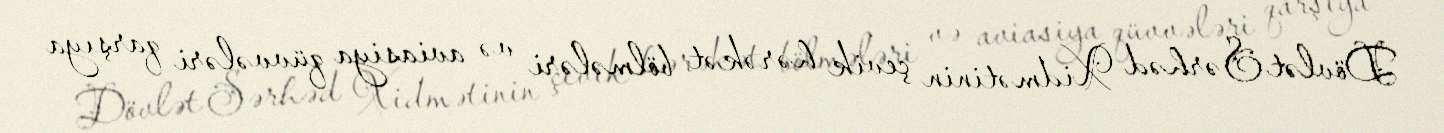
Dövlət Sərhəd Xidmətinin çevik hərəkət bölmələri və aviasiya qüvvələri qarşıya